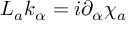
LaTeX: { \cal L } _ { a } k _ { \alpha } = i \partial _ { \alpha } \chi _ { a }